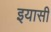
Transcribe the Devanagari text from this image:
इयासी